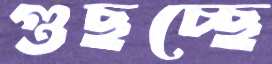
গুছচ্ছে